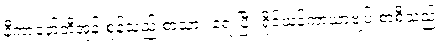
နီကာနော်တီအုန်းစုန်သည် စာသား ရေးပြီး ရိုင်ယန်ကာယာဗျပ် စာစီသည်။